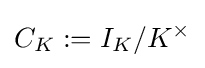
C_{K}:=I_{K}/K^{\times }